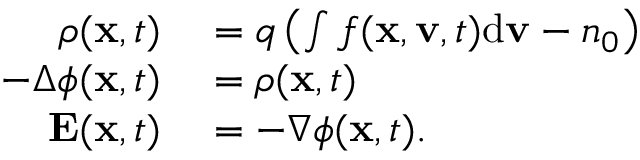
\begin{array} { r l } { \rho ( \mathbf { x } , t ) } & { { } = q \left( \int f ( \mathbf { x } , \mathbf { v } , t ) \mathrm { d } \mathbf { v } - n _ { 0 } \right) } \\ { - \Delta \phi ( \mathbf { x } , t ) } & { { } = \rho ( \mathbf { x } , t ) } \\ { \mathbf { E } ( \mathbf { x } , t ) } & { { } = - \nabla \phi ( \mathbf { x } , t ) . } \end{array}